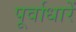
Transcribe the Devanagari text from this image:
पूर्वाधारें